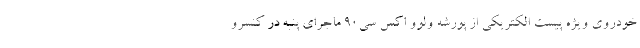
خودروی ویژه پیست الکتریکی از پورشه ولوو اکس سی90 ماجرای پنبه در کنسرو